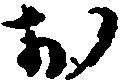
お